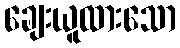
ချေးယူထားသော